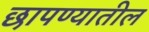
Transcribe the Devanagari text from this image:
छापण्यातील